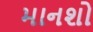
માનશો